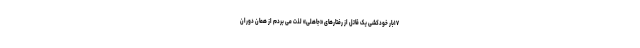
۱۷بار خودکشی یک قاتل از رفتارهای «جاهلی» لذت می بردم از همان دوران